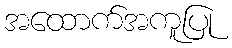
အထောက်အကူပြု